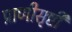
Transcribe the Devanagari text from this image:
प्राणीसृष्टी